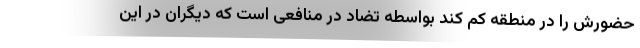
حضورش را در منطقه کم کند بواسطه تضاد در منافعی است که دیگران در این